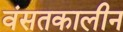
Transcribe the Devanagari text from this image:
वंसतकालीन